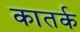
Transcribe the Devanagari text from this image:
कातर्क